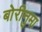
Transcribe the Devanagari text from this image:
बोरीनुमा